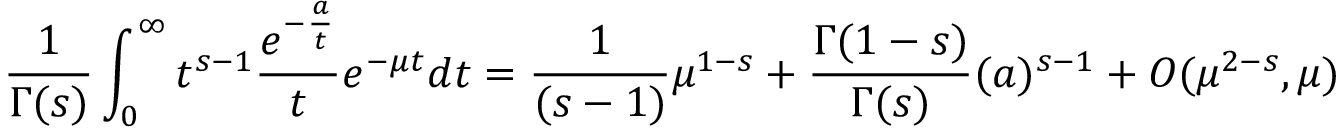
{ \frac { 1 } { \Gamma ( s ) } } \int _ { 0 } ^ { \infty } t ^ { s - 1 } { \frac { e ^ { - { \frac { a } { t } } } } { t } } e ^ { - \mu t } d t = { \frac { 1 } { ( s - 1 ) } } \mu ^ { 1 - s } + { \frac { \Gamma ( 1 - s ) } { \Gamma ( s ) } } ( { a } ) ^ { s - 1 } + { \cal O } ( \mu ^ { 2 - s } , \mu )